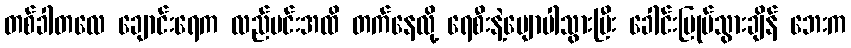
တစ်ခါတလေ ချောင်းရေက လည်ပင်းအထိ တက်နေလို့ ရေစီးနဲ့မျောပါသွားပြီး ခေါင်းမြုပ်သွားချိန် ဘေးက